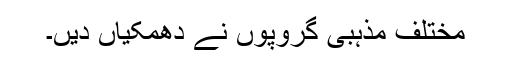
مختلف مذہبی گروپوں نے دھمکیاں دیں۔